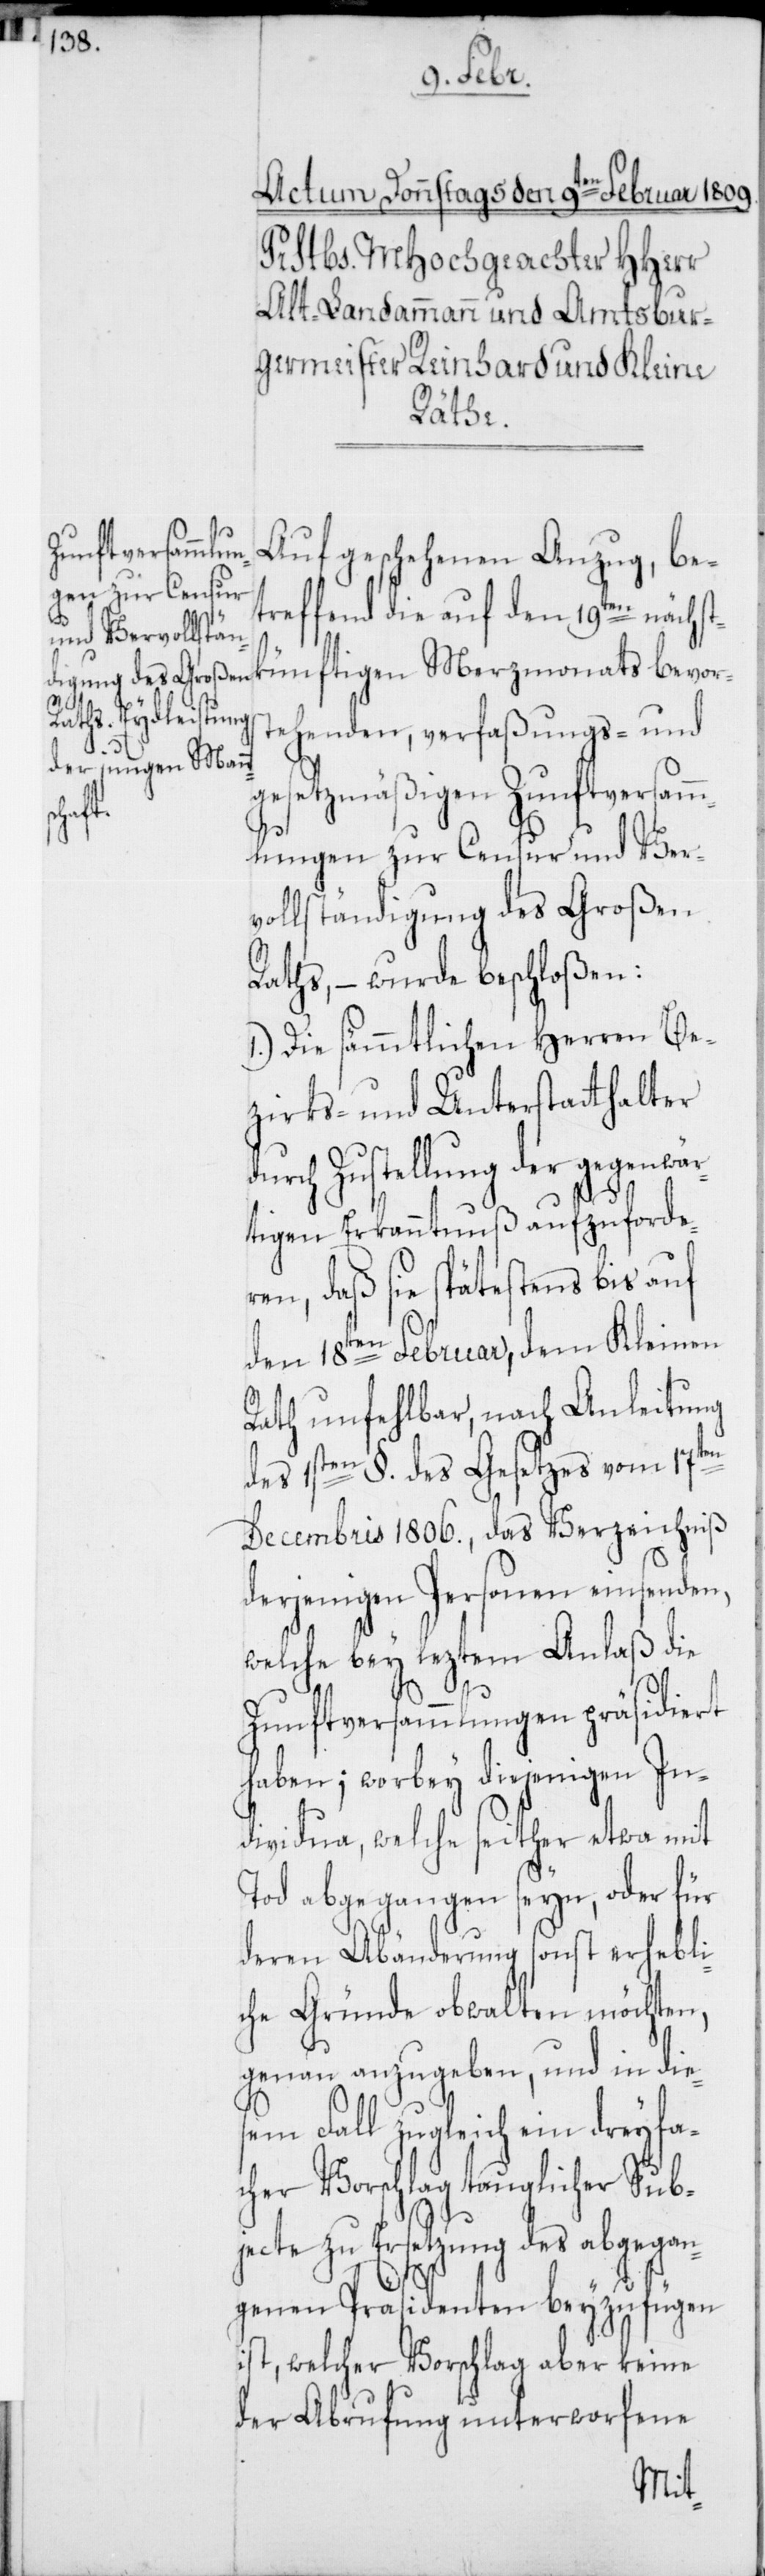
bevors¬
Auf geschehenen Anzug, be¬
treffend die auf den 19ten nächs¬
tehenden, verfaßungs- und
gesetzmäßigen Zunftversam¬
tkün¬
mlungen zur Censur und Ver¬
vollständigung des Großen
Raths, – wurde beschloßen:
1.) Die sämmtlichen Herren Be¬
zirks- und Unterstatthalter
urch Zustellung der gegenwär¬
tigen Erkanntnuß aufzuforde¬
ren, daß sie spätestens bis auf
den 18ten Februar, dem Kleinen
Rath unfehlbar, nach Anleitung
des 1sten §. des Gesetzes vom 17ten
Decembris 1806., das Verzeichniß
derjenigen Personen einsenden,
welche bey leztem Anlaß die
d¬
Zunftversammlungen präsidiert
haben; worbey diejenigen In¬
dividua, welche seither etwa mit
Tod abgegangen seyn, oder für
deren Abänderung sonst erhebli¬
che Gründe obwalten möchten,
genau anzugeben, und in dies¬
em Fall zugleich ein dreyfa¬
cher Vorschlag tauglicher Sub¬
jecte zu Ersetzung des abgegan¬
genen Präsidenten beyzufügen
ist, welcher Vorschlag aber keine
der Abrufung unterworfene